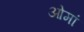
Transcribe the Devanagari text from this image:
ओमां